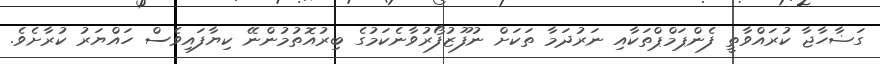
ގަޟާހާޖާ ކުރައްވާތީ ފެންޕަމްޕްތަކާއި ނަރުދަމާ ތަކަށް ނުފޫޒުފޯރުވާނެކަމުގެ ބިރުއޮތުމުންނޭ ކިޔާފައިވެސް ހައްޔަރު ކުރާށެވެ.